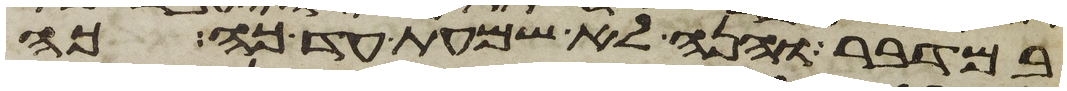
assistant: במדבר והנה לא שמעת עד כה כה